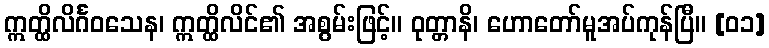
ဣတ္ထိလိင်္ဂဝသေန၊ ဣတ္ထိလိင်၏ အစွမ်းဖြင့်။ ဝုတ္တာနိ၊ ဟောတော်မူအပ်ကုန်ပြီ။ [၀၁]